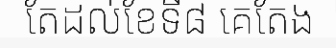
តែដល់ខែទី៨ គេតែង